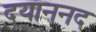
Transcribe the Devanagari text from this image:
दयाननद